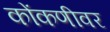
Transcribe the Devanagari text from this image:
कोंकणीवर